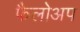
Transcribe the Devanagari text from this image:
फैलोअप